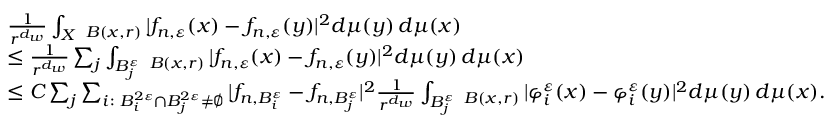
\begin{array} { r l } & { \frac { 1 } { r ^ { d _ { w } } } \int _ { X } \fint _ { B ( x , r ) } | f _ { n , \varepsilon } ( x ) - f _ { n , \varepsilon } ( y ) | ^ { 2 } d \mu ( y ) \, d \mu ( x ) } \\ & { \leq \frac { 1 } { r ^ { d _ { w } } } \sum _ { j } \int _ { B _ { j } ^ { \varepsilon } } \fint _ { B ( x , r ) } | f _ { n , \varepsilon } ( x ) - f _ { n , \varepsilon } ( y ) | ^ { 2 } d \mu ( y ) \, d \mu ( x ) } \\ & { \leq C \sum _ { j } \sum _ { i \colon B _ { i } ^ { 2 \varepsilon } \cap B _ { j } ^ { 2 \varepsilon } \neq \emptyset } | f _ { n , B _ { i } ^ { \varepsilon } } - f _ { n , B _ { j } ^ { \varepsilon } } | ^ { 2 } \frac { 1 } { r ^ { d _ { w } } } \int _ { B _ { j } ^ { \varepsilon } } \fint _ { B ( x , r ) } | \varphi _ { i } ^ { \varepsilon } ( x ) - \varphi _ { i } ^ { \varepsilon } ( y ) | ^ { 2 } d \mu ( y ) \, d \mu ( x ) . } \end{array}